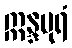
ဣန္ဒပုရံ